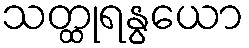
သတ္ထုရနွယော